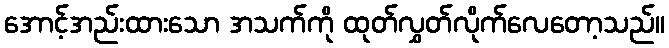
အောင့်အည်းထားသော အသက်ကို ထုတ်လွှတ်လိုက်လေတော့သည်။